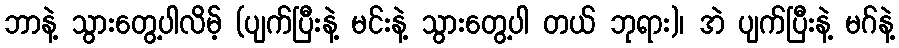
ဘာနဲ့ သွားတွေ့ပါလိမ့် (ပျက်ပြီးနဲ့ မင်းနဲ့ သွားတွေ့ပါ တယ် ဘုရား)၊ အဲ ပျက်ပြီးနဲ့ မဂ်နဲ့